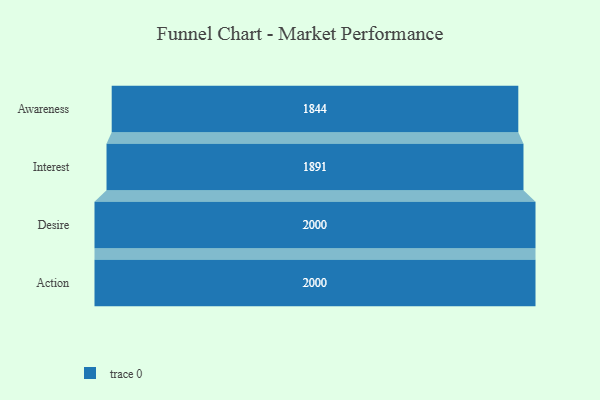
{"axis": {"x": "Stage", "y": "Value"}, "legend": [""], "data": [{"x": "Awareness", "y": 1844.0, "type": ""}, {"x": "Interest", "y": 1891.0, "type": ""}, {"x": "Desire", "y": 2000, "type": ""}, {"x": "Action", "y": 2000, "type": ""}]}